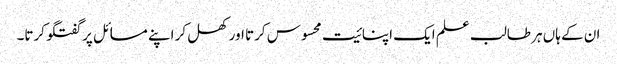
ان کے ہاں ہر طالب علم ایک اپنائیت محسوس کرتا اور کھل کر اپنے مسائل پر گفتگو کرتا۔